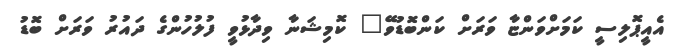
އެއީޕޮލިސީ ކަމަށްވަންޏާ ވަރަށް ކަންބޮޑުވޭ" ކޮމިޝަނާ ވިދާޅުވީ ފުލުހުންގެ ދައުރު ވަރަށް ބޮޑު